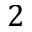
2